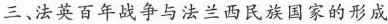
三、法英百年战争与法兰西民族国家的形成